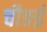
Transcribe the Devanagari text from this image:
चौङई